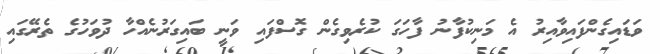
ވަޑައިގެންފައިވާއިރު އެ މަނިކުފާނު ފާހަގަ ކުރެވިގެން ގޮސްފައި ވަނީ ބައިގަރުނެއްހާ ދުވަހުގެ ތެރޭގައި